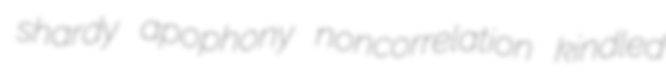
shardy apophony noncorrelation kindled